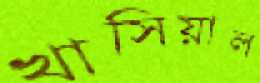
খাসিয়াল